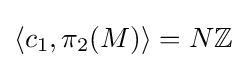
\langle c_{1},\pi _{2}(M)\rangle =N\mathbb {Z}